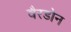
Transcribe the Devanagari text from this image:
वैरडोन